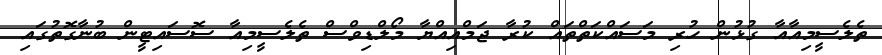
ތެލެސީމިއާއާ ގުޅުން ހުރި މަސައްކަތްތައް ކުރާ ޖަމްއިއްޔާ މޯލްޑިވްސް ތެލެސީމިއާ ސޮސައިޓީން ބުނާގޮތުގައި